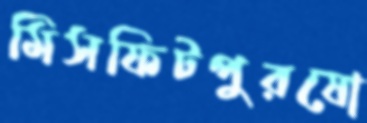
মিসফিটপুরষো